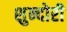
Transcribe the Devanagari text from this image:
शुन्दोरी